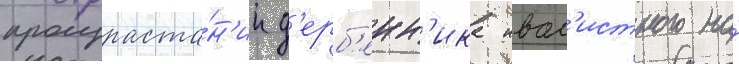
произраста́н'ии д'ерб'енн'ика ивол'истного на́